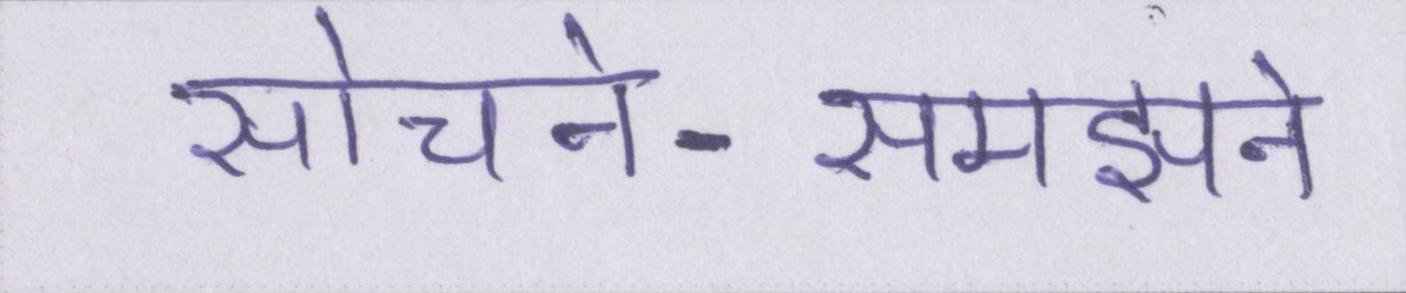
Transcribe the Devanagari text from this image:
सोचने-समझने